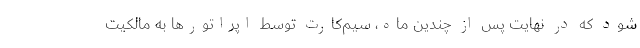
شود که در نهایت پس از چندین ماه، سیم‌کارت توسط اپراتورها به مالکیت